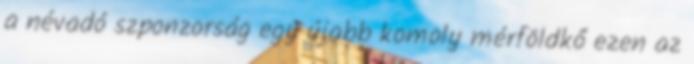
a névadó szponzorság egy újabb komoly mérföldkő ezen az